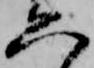
六